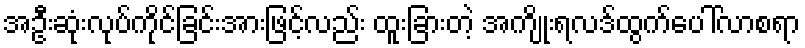
အဦးဆုံးလုပ်ကိုင်ခြင်းအားဖြင့်လည်း ထူးခြားတဲ့ အကျိုးရလဒ်ထွက်ပေါ်လာစရာ